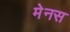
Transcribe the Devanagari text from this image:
मेनस